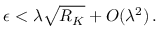
\epsilon < \lambda \sqrt { R _ { K } } + O ( \lambda ^ { 2 } ) \, .